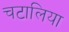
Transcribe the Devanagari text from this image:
चटालिया